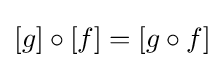
[g]\circ [f]=[g\circ f]